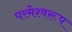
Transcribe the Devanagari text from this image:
परमेश्वरूप